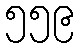
၅၅၉